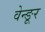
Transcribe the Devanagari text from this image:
वेन्ङूर